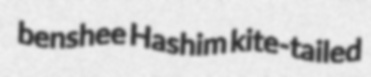
benshee Hashim kite-tailed